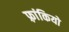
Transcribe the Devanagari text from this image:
फ़्रांकियो